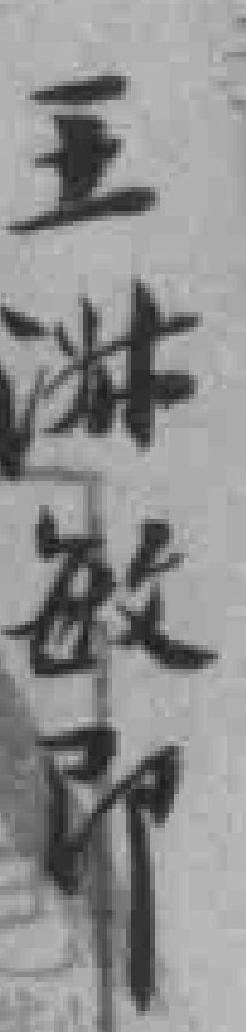
王㳤敏即